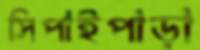
সিপাইপাড়া